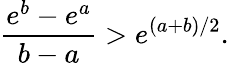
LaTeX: {\frac{e^{b}-e^{a}}{b-a}}>e^{(a+b)/2}.